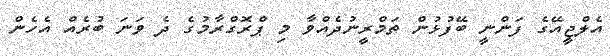
އެލްޖީއޭގެ ފަންނީ ބޭފުޅުން ތަމްރީނުދެއްވާ މި ޕްރޮގްރާމުގެ ދެ ވަނަ ބުރެއް އެހެން